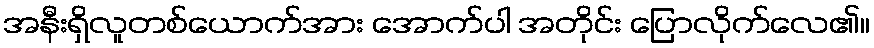
အနီးရှိလူတစ်ယောက်အား အောက်ပါ အတိုင်း ပြောလိုက်လေ၏။